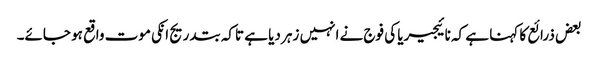
بعض ذرائع کا کہنا ہے کہ نائیجیریا کی فوج نے انہیں زہر دیا ہے تاکہ بتدریج انکی موت واقع ہو جائے۔